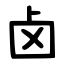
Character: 卤